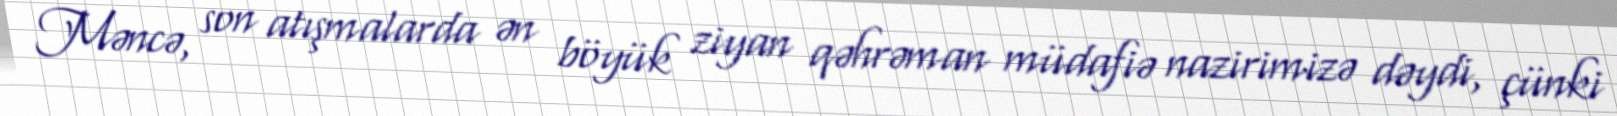
Məncə, son atışmalarda ən böyük ziyan qəhrəman müdafiə nazirimizə dəydi, çünki